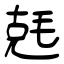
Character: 兞